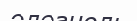
олеаноль